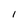
Character: I